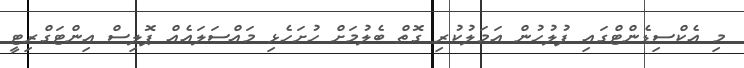
މި އެކްސިޑެންޓްގައި ފުލުހުން އަމަލުކުރި ގޮތް ބެލުމަށް ހުށަހެޅި މައްސަލައެއް ޕޮލިސް އިންޓަގްރިޓީ